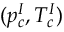
( p _ { c } ^ { I } , T _ { c } ^ { I } )